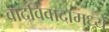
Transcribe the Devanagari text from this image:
वादविवादामध्ये